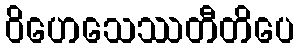
ဝိဟေသေဿတီတိပေ